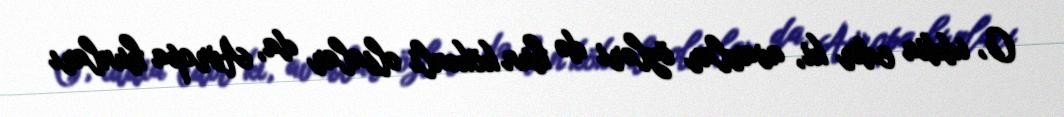
O, iddia edir ki, avarlar özləri də hun kökənli olsalar da, Avropa hunları